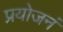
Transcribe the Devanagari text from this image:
प्रयोजनं